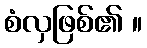
စံလှဖြစ်၏ ။